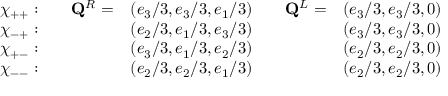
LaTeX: \begin{array} { c c c c c } { { \chi _ { + + } : \quad } } & { { { \bf Q } ^ { R } = } } & { { ( e _ { 3 } / 3 , e _ { 3 } / 3 , e _ { 1 } / 3 ) \quad } } & { { { \bf Q } ^ { L } = } } & { { ( e _ { 3 } / 3 , e _ { 3 } / 3 , 0 ) } } \\ { { \chi _ { - + } : \quad } } & { { } } & { { ( e _ { 2 } / 3 , e _ { 1 } / 3 , e _ { 3 } / 3 ) \quad } } & { { } } & { { ( e _ { 3 } / 3 , e _ { 3 } / 3 , 0 ) } } \\ { { \chi _ { + - } : \quad } } & { { } } & { { ( e _ { 3 } / 3 , e _ { 1 } / 3 , e _ { 2 } / 3 ) \quad } } & { { } } & { { ( e _ { 2 } / 3 , e _ { 2 } / 3 , 0 ) } } \\ { { \chi _ { -- } : \quad } } & { { } } & { { ( e _ { 2 } / 3 , e _ { 2 } / 3 , e _ { 1 } / 3 ) \quad } } & { { } } & { { ( e _ { 2 } / 3 , e _ { 2 } / 3 , 0 ) } } \end{array}